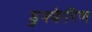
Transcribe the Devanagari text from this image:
डुफ्फेरिण